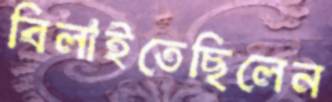
বিলাইতেছিলেন